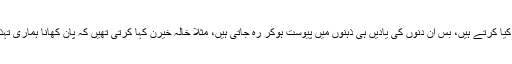
خیر یہ سب بچپن کی باتیں ہیں، اور بچے تو بچے ہوتے ہیں، وہ ناسمجھی میں بہت کچھ کیا کرتے ہیں، بس اُن دنوں کی یادیں ہی ذہنوں میں پیوست ہوکر رہ جاتی ہیں، مثلاً خالہ خیرن کہا کرتی تھیں کہ پان کھانا ہماری تہذیب ہے، شادی بیاہ ہو یا کوئی بھی تقریب… آنے والے مہمانوں کو پان پیش کیے جاتے۔